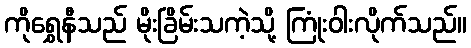
ကိုရွှေနီသည် မိုးခြိမ်းသကဲ့သို့ ကြုံးဝါးလိုက်သည်။